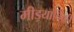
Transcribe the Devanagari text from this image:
मीड़याविकी